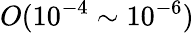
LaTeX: O(10^{-4}\sim 10^{-6})